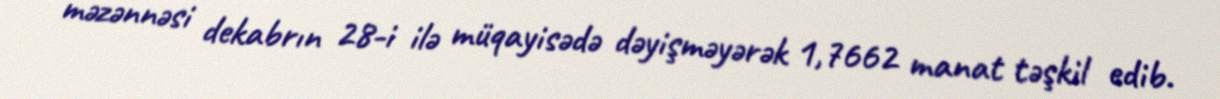
məzənnəsi dekabrın 28-i ilə müqayisədə dəyişməyərək 1,7662 manat təşkil edib.